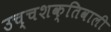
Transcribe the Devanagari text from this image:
उच्चशक्तिवाली